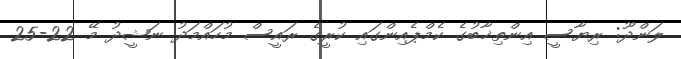
ލަންދޫ: ރިޔާސީ އިންތިޚާބުގެ ކެމްޕެއިންގައި ކުރީގެ ރައީސް މުހައްމަދު ނަޝީދު މޭ 22-25